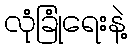
လုံခြုံရေးနဲ့